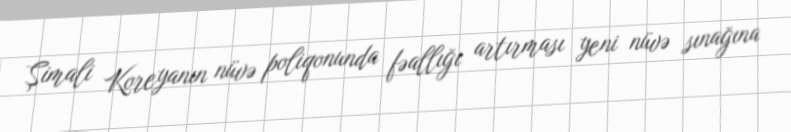
Şimali Koreyanın nüvə poliqonunda fəallığı artırması yeni nüvə sınağına